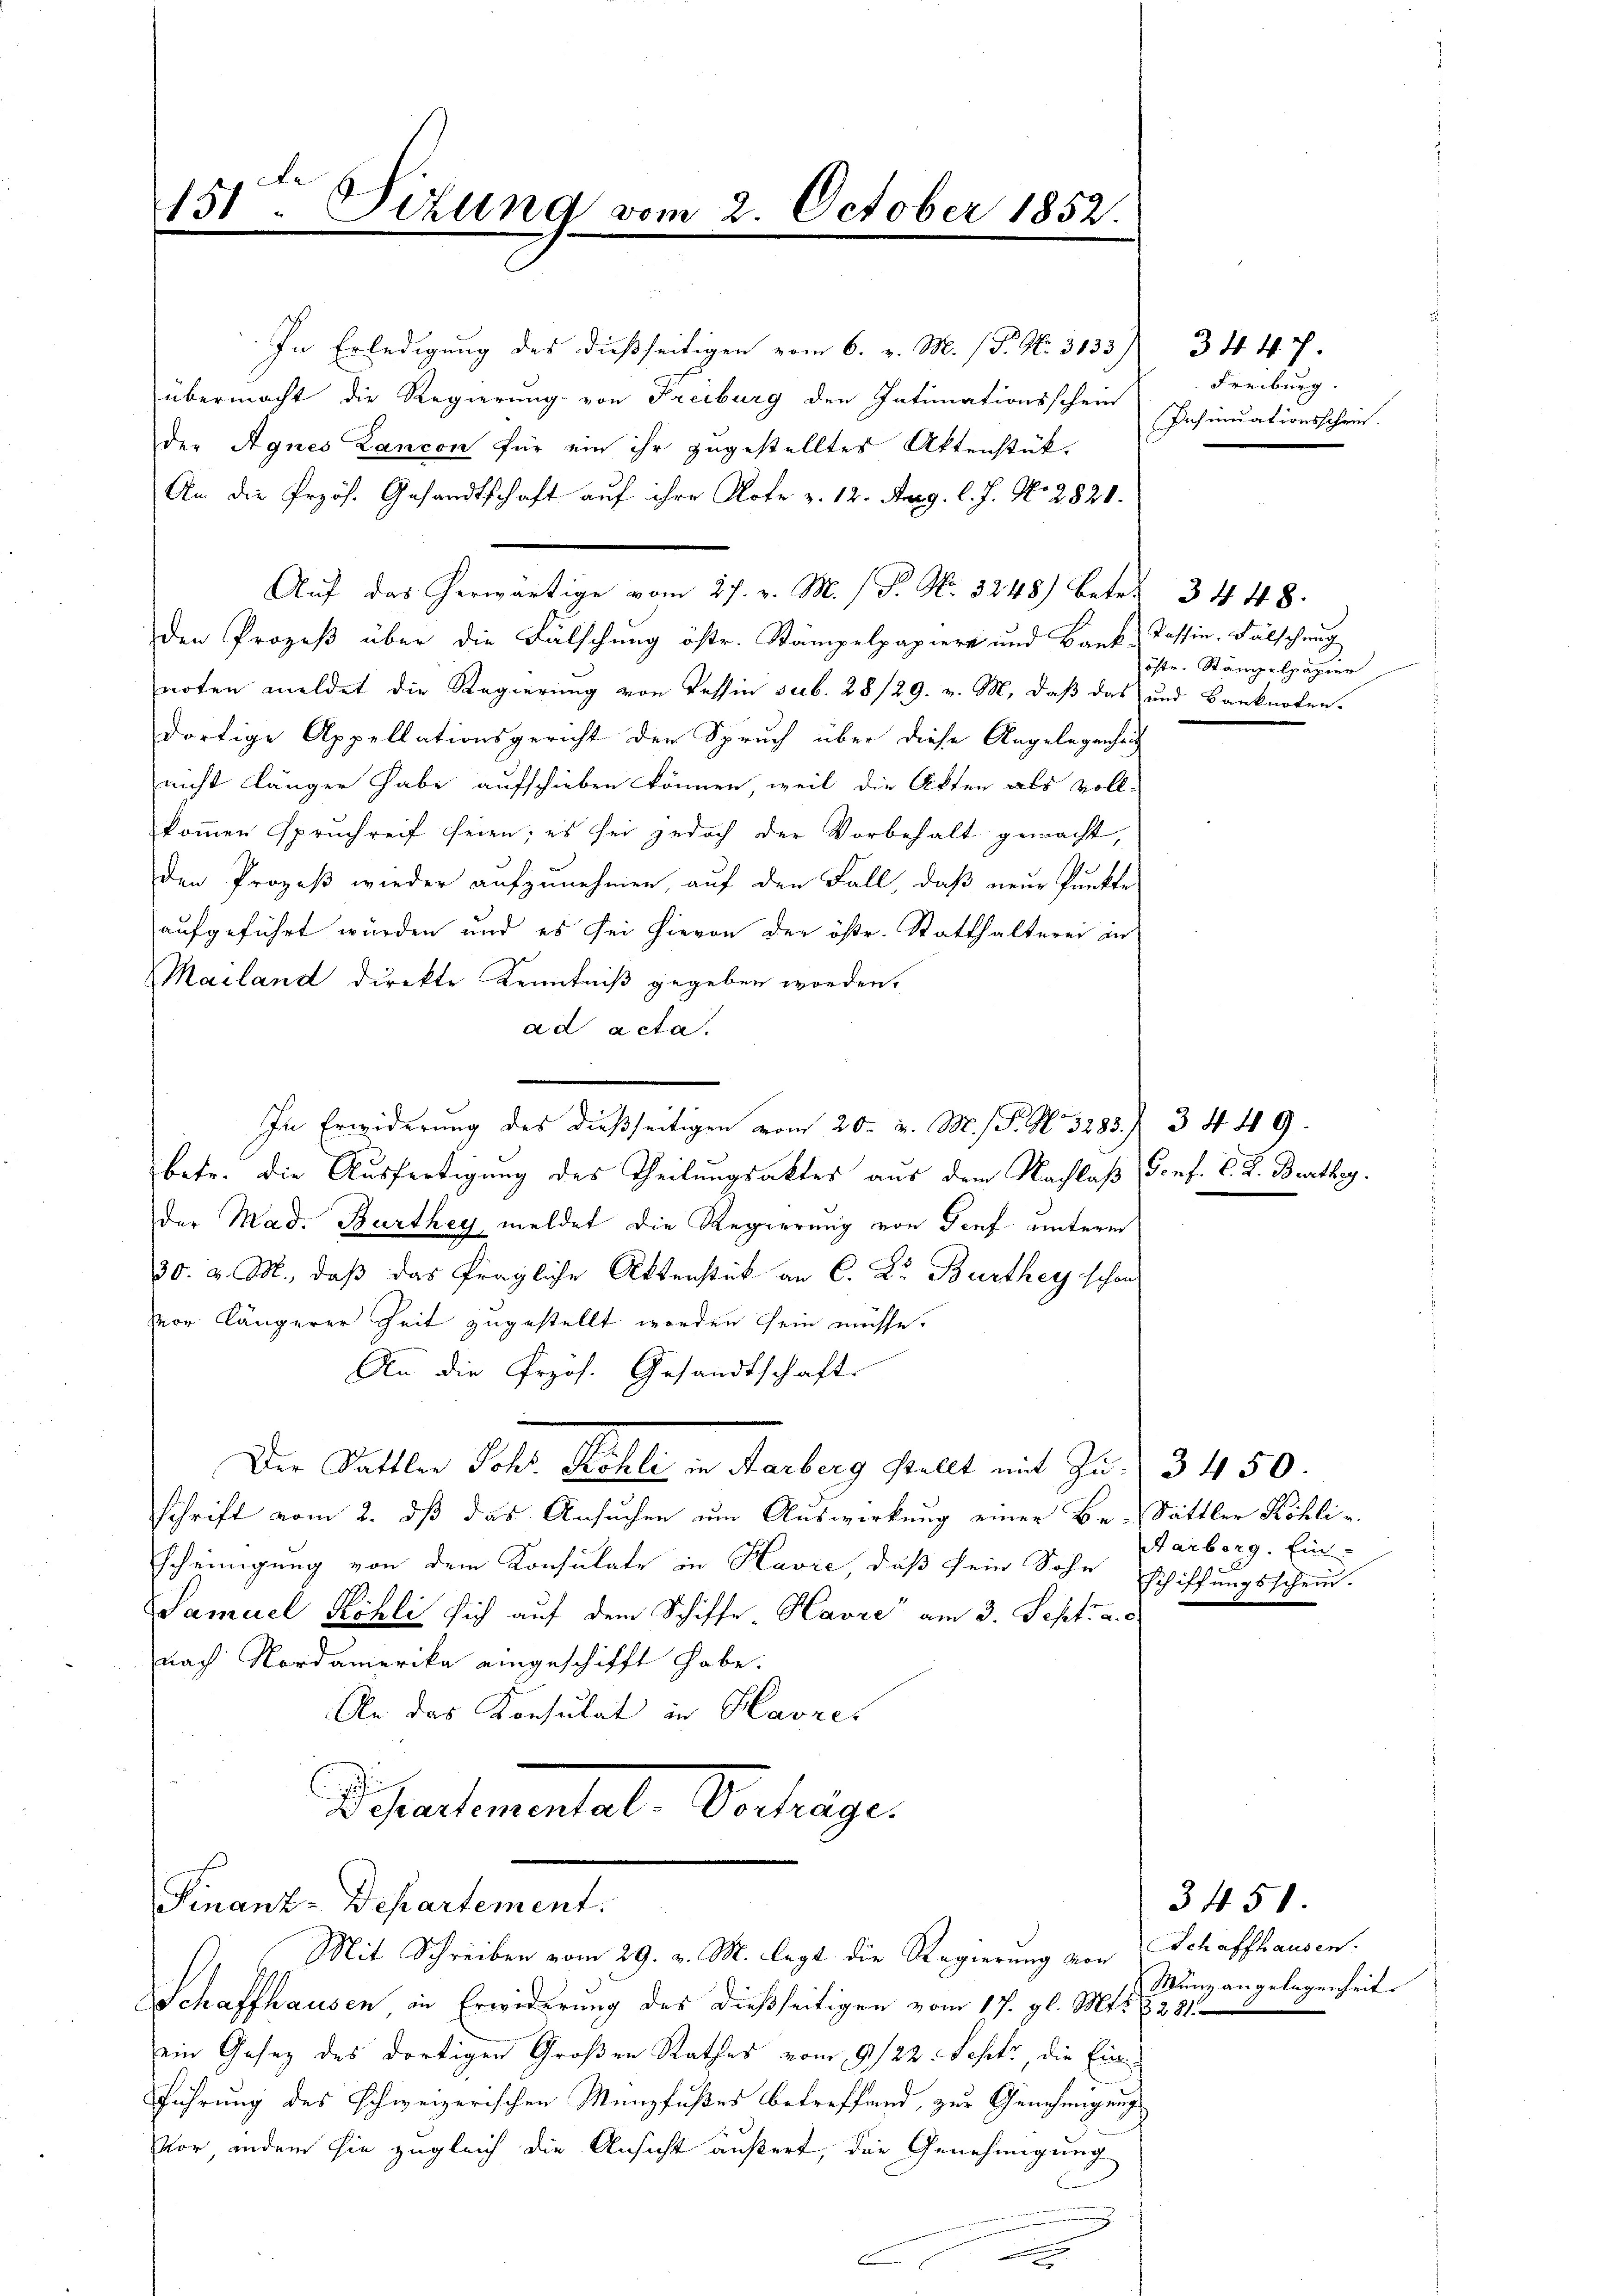
151. Sitzung vom 2. October 1852.

In Erledigung des dießseitigen vom 6. v. M. P. Nr. 3133 3447.
übermacht die Regierung von Freiburg den Intimationsschein
der Agnes Lancon für ein ihr zugestelltes Aktenstük-
An die Przös. Gesandtschaft auf ihre Note z. 12. Aug. l. J. N. 2821.
Auf das herwärtige vom 27. v. M. / P. Nr. 3248) betr. 3448.
den Prozeß über die Fälschung östr. Stämpelpapiere und Bank, Tessin. Fälschung
noten meldet die Regierung von Tessin sub. 28/29. v. M., daß das und Banknoten.
dortige Appellationsgericht den Spruch über diese Angelegenhei
nicht länger habe aufschieben können, weil die Akten als Voll-
kommen spruchreif seien; es sei jedoch der Vorbehalt gemacht,
den Prozeß wieder aufzunehmen, auf den Fall, daß neue Punkte
aufgeführt würden und es sei hievon der öste. Statthalterei in
Mailand direkte Kenntniß gegeben worden.
ad acta.
In Erwiderung des dießseitigen vom 20. d. M. P. Nr. 3283. 34. 49.
betr. die Ausfertigung des Theilungsaktes aus dem Nachlaß Sonf. C. R. Barthey
der Mad. Burthey meldet die Regierung von Genf unterm
30. v. M., daß das fragliche Aktenstück an C. Dr. Burthey schon
vor längerer Zeit zugestellt worden sein müsse.
An die Prof. Gesandtschaft
Der Sattler Joh. Köhle in Farberg stellt mit Zu- 3450.
schrift vom 2. dß das Ansuchen um Auswirkung einer Be-Sattler Köhlischeinigung von dem Konsulate in Kavić, daß sein Sohn
Samuel Köhli sich auf dem Schiffe Havre" am 3. Sept. a. c.
nach Nordamerika eingeschifft habe.
An das Konsulat in Havres
u
d. Praestamentale Vertrage

Finanz-Departement.
Mit Schreiben vom 29. v. M. legt die Regierung von Schaffhausen.

Freiburg.
Insinuationsschein.

öste. Stämpelpapier

Aarberg. Ein-
Schiffungsschein.

Schaffhausen in Erwiderung des dießseitigen vom 17. gl. Mts.
ein Gesez des dortigen Großen Rathes vom 9/22. Sept, die Einführung des schweizerischen Münzfußes betreffend, zur Genehmigung
Vor andern sie zugleich die Ansicht äußert, die Genehmigung

3451
Wunz angelegenheit.
3281